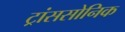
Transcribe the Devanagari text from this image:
ट्रांससोनिक